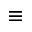
\equiv